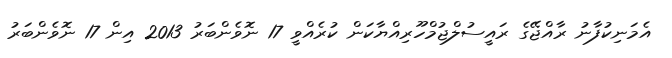
އެމަނިކުފާނު ރާއްޖޭގެ ރައީސުލްޖުމްހޫރިއްޔާކަން ކުރެއްވީ 17 ނޮވެންބަރު 2013 އިން 17 ނޮވެންބަރު